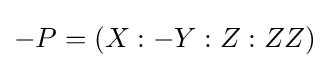
-P=(X:-Y:Z:ZZ)